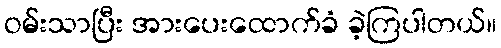
ဝမ်းသာပြီး အားပေးထောက်ခံ ခဲ့ကြပါတယ်။